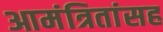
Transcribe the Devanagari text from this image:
आमंत्रितांसह